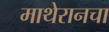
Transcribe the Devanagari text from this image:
माथेरानचा